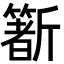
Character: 𣃑